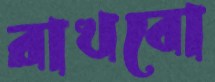
রাখবো